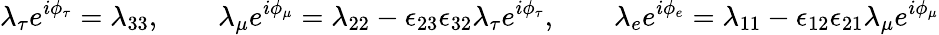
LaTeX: \lambda_{\tau}e^{i\phi_{\tau}}=\lambda_{33},\qquad\lambda_{\mu}e^{i\phi_{\mu}}=\lambda_{22}-\epsilon_{23}\epsilon_{32}\lambda_{\tau}e^{i\phi_{\tau}},\qquad\lambda_{e}e^{i\phi_{e}}=\lambda_{11}-\epsilon_{12}\epsilon_{21}\lambda_{\mu}e^{i\phi_{\mu}}